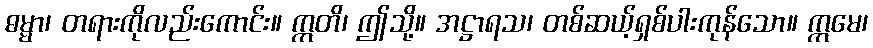
ဓမ္မာ၊ တရားကိုလည်းကောင်း။ ဣတိ၊ ဤသို့။ အဋ္ဌာရသ၊ တစ်ဆယ့်ရှစ်ပါးကုန်သော။ ဣမေ၊